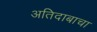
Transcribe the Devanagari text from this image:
अतिदाबाचा